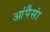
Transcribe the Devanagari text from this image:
आंपैसां